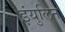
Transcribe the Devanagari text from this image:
इंयुलिन